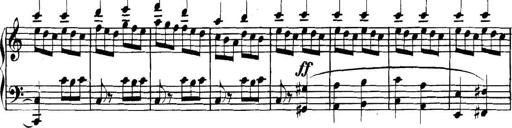
Title: Collected Piano Sonatas
Composer: Muzio Clementi